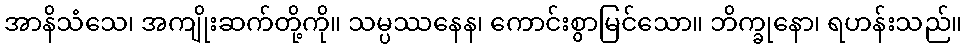
အာနိသံသေ၊ အကျိုးဆက်တို့ကို။ သမ္ပဿနေန၊ ကောင်းစွာမြင်သော။ ဘိက္ခုနော၊ ရဟန်းသည်။